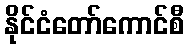
နိုင်ငံတော်ကောင်စီ